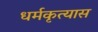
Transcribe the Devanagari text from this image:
धर्मकृत्यास